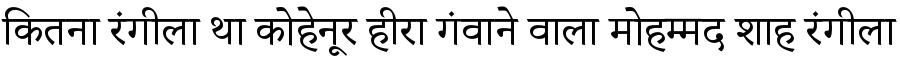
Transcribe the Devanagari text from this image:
कितना रंगीला था कोहेनूर हीरा गंवाने वाला मोहम्मद शाह रंगीला